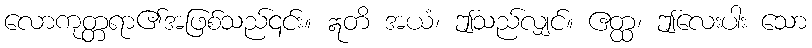
လောကုတ္တရာ၏အဖြစ်သည်၎င်း။ ဣတိ အယံ၊ ဤသည်လျှင်။ ဧတ္ထ၊ ဤလေးပါး သော